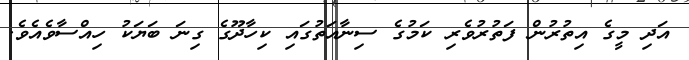
އަދި މީގެ އިތުރުން ފަތުރުވެރި ކަމުގެ ސިނާއަތުގައި ކިހާދޫގެ ގިނަ ބަޔަކު ހިއްސާވެއެވެ.